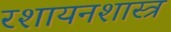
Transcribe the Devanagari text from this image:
रशायनशास्त्र